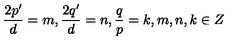
\frac { 2 p ^ { \prime } } { d } = m , \frac { 2 q ^ { \prime } } { d } = n , \frac { q } { p } = k , m , n , k \in Z